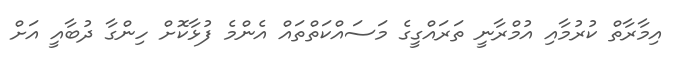
އިމާރާތް ކުރުމާއި އުމްރާނީ ތަރައްގީގެ މަސައްކަތްތައް އެންމެ ފުޅާކޮށް ހިންގާ ދުބާއީ އަށް